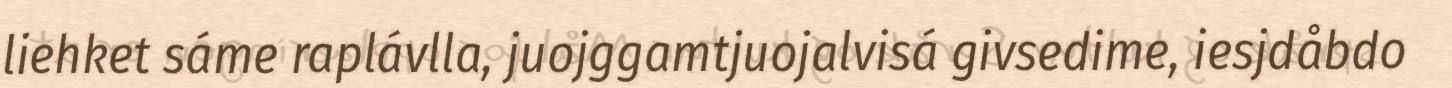
liehket sáme raplávlla, juojggamtjuojalvisá givsedime, iesjdåbdo